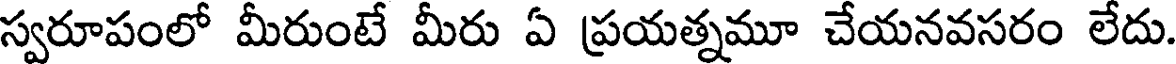
స్వరూపంలో మీరుంటే మీరు ఏ ప్రయత్నమూ చేయనవసరం లేదు.